Civil Veterinary Dept. Bombay admin report 1893-99 - 1893-1899
Year: 1893
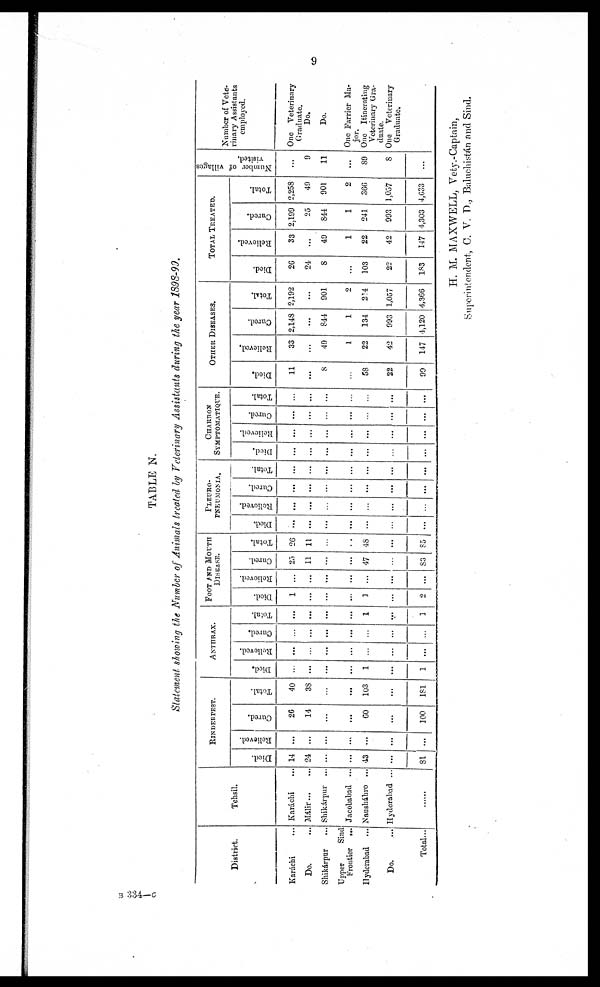
9
TABLE N.
Statement showing the Number of Animals treated by Veterinary Assistants during the year 1898-99.
District.
Karachi ...
Do. ...
Shikárpur ...
Upper
Sind
Frontier ...
Hyderabad ...
Do. ...
Total...
Tehsil.
Karáchi ...
Málir ... ...
Shikárpur ...
Jacobabad ...
Nausháhro ...
Hyderabad ...
RINDERPEST.
Died.
14
24
...
...
43
...
81
Relieved.
...
...
...
...
...
...
...
Cured.
26
14
...
...
60
...
100
Total.
40
38
...
...
103
...
181
ANTHRAX.
Died.
...
...
...
...
1
...
1
Relieved.
...
...
...
...
...
...
...
Cured.
...
...
...
...
...
...
...
Total.
...
...
...
...
1
...
1
FOOT AND MOUTH
DISEASE.
Died.
1
...
...
...
1
...
2
Relieved.
...
...
...
...
...
...
Cured.
25
11
...
...
47
...
83
Total.
26
11
...
...
48
...
85
PLEURO¬
PNEUMONIA.
Died.
...
...
...
...
...
...
...
Relieved.
...
...
...
...
...
...
...
Cured.
...
...
...
...
...
...
...
Total.
...
...
...
...
...
...
...
CHARBON
SYMPTOMATIQUE.
Died.
...
...
...
...
...
...
...
Relieved.
...
...
...
...
...
...
...
Cured.
...
...
...
...
...
...
...
Total.
...
...
...
...
...
...
...
OTHER DISEASES.
Died.
11
...
8
...
58
22
99
Relieved.
33
...
40
1
22
42
147
Cured.
2,148
...
844
1
134
993
4,120
Total.
2,192
...
901
2
214
1,057
4,366
TOTAL TREATED.
Died.
26
24
8
...
103
22
183
Relieved.
33
...
49
1
22
42
147
Cured.
2,199
25
844
1
241
993
4,303
Total.
2,258
49
901
2
366
1,057
4,633
Number of villages
visited.
...
9
11
...
89
8
...
Number of Vete-
rinary Assistants
employed.
One Veterinary
Graduate.
Do.
Do.
One Farrier Ma-
jor.
One Itinerating
Veterinary Gra-
duate.
One Veterinary
Graduate.
H. M. MAXWELL, Vety.-Captain,
Superintendent, C. V. D., Baluchistán and Sind.
B 334—C